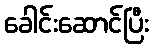
ခေါင်းဆောင်ပြီး